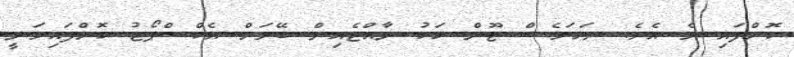
ކޮށްފައި ވެ އެވެ. ނަމަވެސް ޖޫން މަހު ރާއްޖެއިން ބޭރަށް އެކްސްޕޯޓު ކޮށްފައިވަނީ